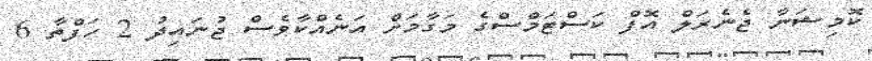
ކޮމިޝަނާ ޖެނެރަލް އޮފް ކަސްޓަމްސްގެ މަގާމަށް އަނެއްކާވެސް ޖުނައިދު 2 ހަފްތާ 6